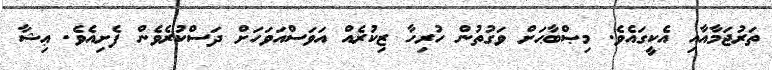
ތަރުޖަމާއާއި އެކީގައެވެ. މިޞްބާޙަށް ވަގުތުން ހުރިހާ ޒިކުރެއް އަވަސްއަވަހަށް ދަސްކުރެވެން ފެށިއެވެ. ޢިޝާ